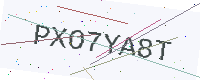
Text: PXO7YA8T